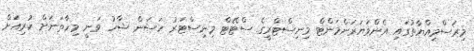
މިރަސްމިއްޔާތުގައި އެންވަޔަރަންމަންޓް މިނިސްޓްރީގެ ސްޓޭޓް މިނިސްޓަރު ހަސަން ޝާހު ވަނީ މިހާތަނަށް ކުރިއަށް